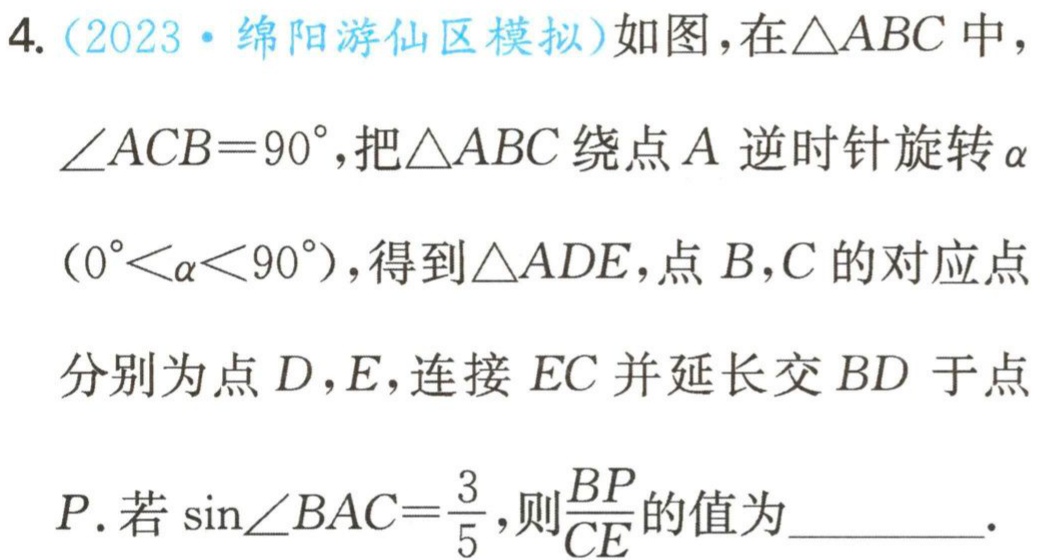
4.（2023·绵阳游仙区模拟）如图，在\(\triangle ABC\)中，\(\angle ACB = 90^{\circ}\)，把\(\triangle ABC\)绕点\(A\)逆时针旋转\(\alpha\)（\(0^{\circ}<\alpha<90^{\circ}\)），得到\(\triangle ADE\)，点\(B\)，\(C\)的对应点分别为点\(D\)，\(E\)，连接\(EC\)并延长交\(BD\)于点\(P\). 若\(\sin\angle BAC=\frac{3}{5}\)，则\(\frac{BP}{CE}\)的值为  .